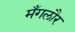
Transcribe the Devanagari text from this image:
मँगलौर